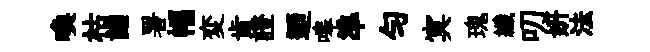
喚枯詣署幅変肯證迺嗥準勻㝠瑰纖叨妍法